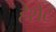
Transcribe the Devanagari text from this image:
हेशेट